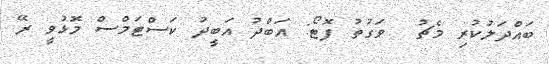
ބައްދަލުކުރި މެޗު  ވަގުތު ފޮޓޯ: އަބްދު އަބީދު ކަސްޓަމްސް މޮޅުވީ ރޭ